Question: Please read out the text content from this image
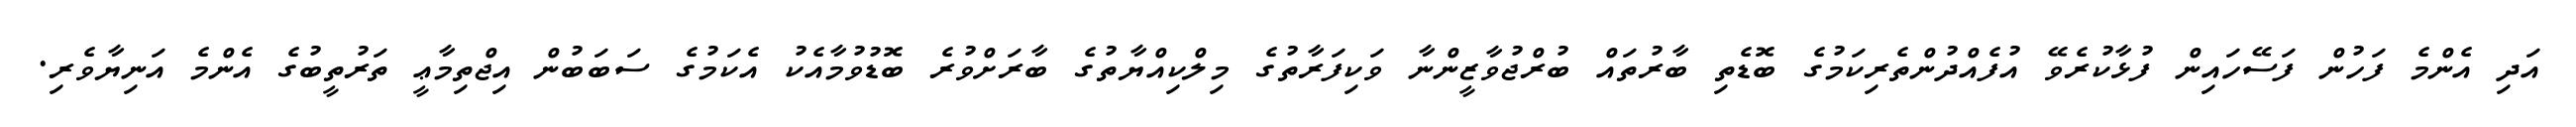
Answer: އަދި އެންމެ ފަހުން ފަސޭހައިން ފުޅާކުރެވޭ އުފެއްދުންތެރިކަމުގެ ބޮޑެތި ބާރުތައް ބުރްޖުވާޒީންނާ ވަކިފަރާތުގެ މިލްކިއްޔާތުގެ ބާރަށްވުރެ ބޮޑުވުމާއެކު އެކަމުގެ ސަބަބުން އިޖްތިމާޢީ ތަރުތީބުގެ އެންމެ އަނިޔާވެރި.